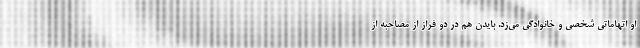
او اتهاماتی شخصی و خانوادگی می‌زد. بایدن هم در دو فراز از مصاحبه از